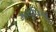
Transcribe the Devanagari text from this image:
माचूपिच्चू